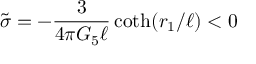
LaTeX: \tilde { \sigma } = - { \frac { 3 } { 4 \pi G _ { 5 } \ell } } \coth ( r _ { 1 } / \ell ) < 0